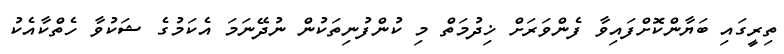
ތިރީގައި ބަޔާންކޮށްފައިވާ ފެންވަރަށް ޚިދުމަތް މި ކުންފުނިތަކުން ނުދޭނަމަ އެކަމުގެ ޝަކުވާ ހެތްކާއެކު